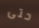
حتى